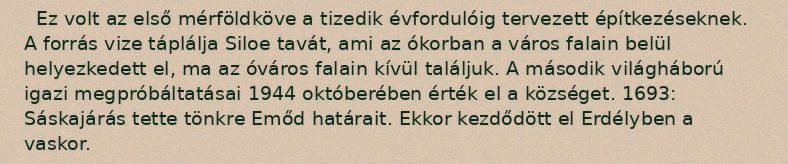
Ez volt az első mérföldköve a tizedik évfordulóig tervezett építkezéseknek. A forrás vize táplálja Siloe tavát, ami az ókorban a város falain belül helyezkedett el, ma az óváros falain kívül találjuk. A második világháború igazi megpróbáltatásai 1944 októberében érték el a községet. 1693: Sáskajárás tette tönkre Emőd határait. Ekkor kezdődött el Erdélyben a vaskor.